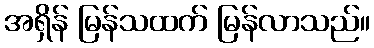
အရှိန် မြန်သထက် မြန်လာသည်။